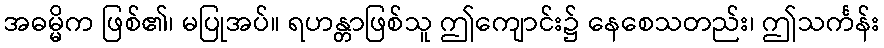
အဓမ္မိက ဖြစ်၏၊ မပြုအပ်။ ရဟန္တာဖြစ်သူ ဤကျောင်း၌ နေစေသတည်း၊ ဤသင်္ကန်း